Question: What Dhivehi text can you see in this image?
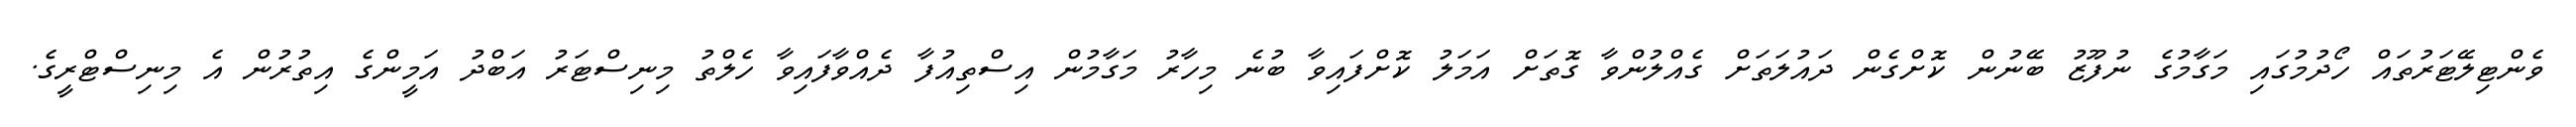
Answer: ވެންޓިލޭޓަރުތައް ހޯދުމުގައި މަގާމުގެ ނުފޫޒު ބޭނުން ކޮށްގެން ދައުލަތަށް ގެއްލުންވާ ގޮތަށް އަމަލު ކޮށްފައިވާ ބުނެ މިހާރު މަގާމުން އިސްތިއުފާ ދެއްވާފައިވާ ހެލްތު މިނިސްޓަރު އަބްދު އަމީންގެ އިތުރުން އެ މިނިސްޓްރީގެ.